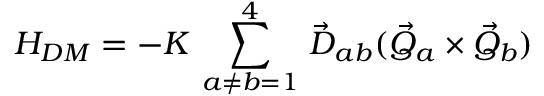
H _ { D M } = - K \, \sum _ { a \neq b = 1 } ^ { 4 } \, \vec { D } _ { a b } ( \vec { Q } _ { a } \times \vec { Q } _ { b } )